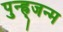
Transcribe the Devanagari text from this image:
पुन्ह्र्जन्म